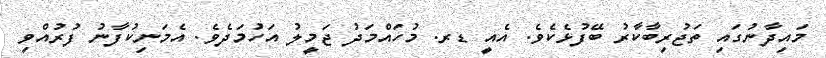
މައިދާނުގައި ތަޖުރިބާކާރު ބޭފުޅެކެވެ. އެއީ ޑރ. މުހައްމަދު ޖަމީލު އަހުމަދެވެ. އެމަނިކުފާނު ފުރުއްވި